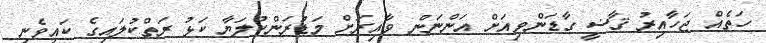
ހަތެއް ޖަހާއިރު ޤާޟީ ގާޑަންވިއަށް އަންނަން ވާއިރަށް މަޑުރަންކުލަޔާ ކަޅު ރަތްކުލައިގެ ކައިވެނި